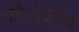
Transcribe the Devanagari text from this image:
फौजेचाच